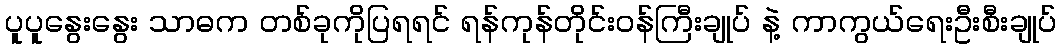
ပူပူနွေးနွေး သာဓက တစ်ခုကိုပြရရင် ရန်ကုန်တိုင်းဝန်ကြီးချုပ် နဲ့ ကာကွယ်ရေးဦးစီးချုပ်